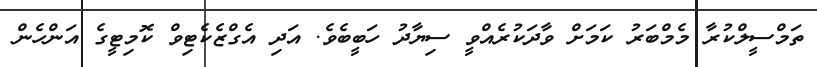
ތަމްސީލްކުރާ މެމްބަރު ކަމަށް ވާދަކުރެއްވީ ސިޔާދު ހަބީބެވެ. އަދި އެގްޒެކެޓިވް ކޮމިޓީގެ އަންހެން